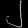
Digit: ၂